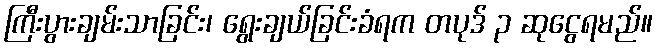
ကြီးပွားချမ်းသာခြင်း၊ ရွေးချယ်ခြင်းခံရက တပုဒ် ၃ ဆုငွေရမည်။